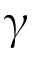
\upgamma